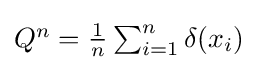
{\textstyle Q^{n}={\frac {1}{n}}\sum _{i=1}^{n}\delta (x_{i})}